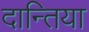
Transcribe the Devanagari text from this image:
दान्तिया